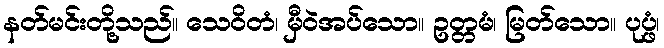
နတ်မင်းတို့သည်။ သေဝိတံ၊ မှီဝဲအပ်သော။ ဥတ္တမံ၊ မြတ်သော။ ပုပ္ဖံ၊